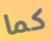
كما